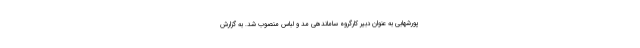
پورشهابی به عنوان دبیر کارگروه ساماندهی مد و لباس منصوب شد. به گزارش